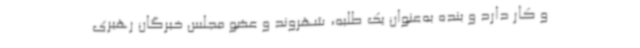
و کار دارد و بنده به‌عنوان یک طلبه، شهروند و عضو مجلس خبرگان رهبری